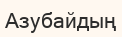
Азубайдың